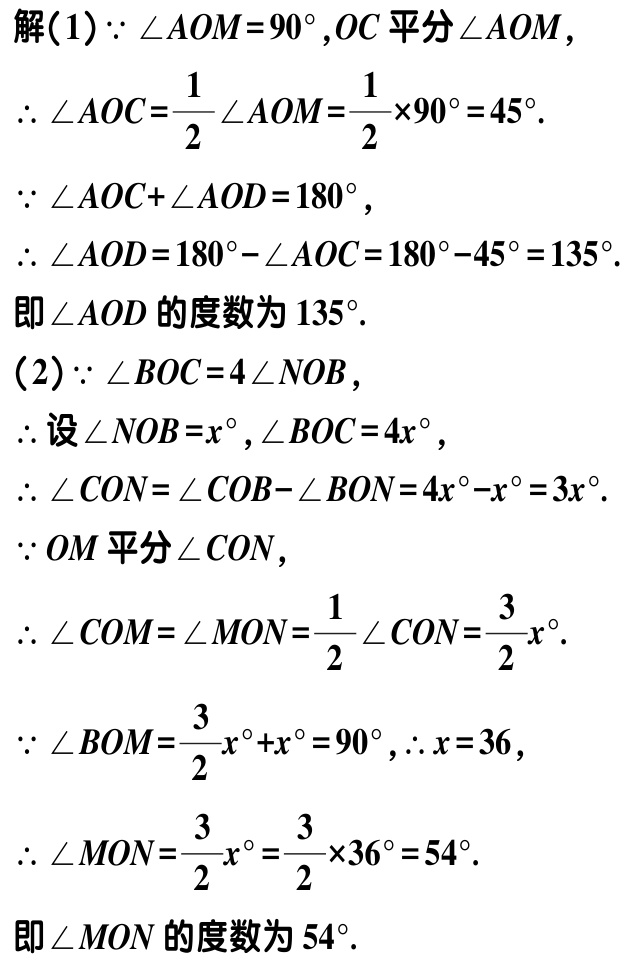
解(1)$\because \angle AOM = 90^{\circ},OC$平分$\angle AOM$,

$\therefore \angle AOC=\frac{1}{2}\angle AOM=\frac{1}{2}\times90^{\circ}=45^{\circ}.$

$\because \angle AOC+\angle AOD = 180^{\circ},$

$\therefore \angle AOD = 180^{\circ}-\angle AOC=180^{\circ}-45^{\circ}=135^{\circ}.$

即$\angle AOD$的度数为$135^{\circ}.$

(2)$\because \angle BOC = 4\angle NOB,$

$\therefore$设$\angle NOB = x^{\circ},\angle BOC = 4x^{\circ},$

$\therefore \angle CON=\angle COB - \angle BON = 4x^{\circ}-x^{\circ}=3x^{\circ}.$

$\because OM$平分$\angle CON,$

$\therefore \angle COM=\angle MON=\frac{1}{2}\angle CON=\frac{3}{2}x^{\circ}.$

$\because \angle BOM=\frac{3}{2}x^{\circ}+x^{\circ}=90^{\circ},\therefore x = 36,$

$\therefore \angle MON=\frac{3}{2}x^{\circ}=\frac{3}{2}\times36^{\circ}=54^{\circ}.$

即$\angle MON$的度数为$54^{\circ}.$